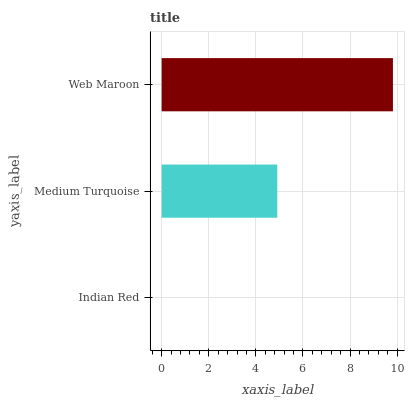
| yaxis_label | bars |
 | --- | --- |
 | Indian Red | 0 |
 | Medium Turquoise | 4.91 |
 | Web Maroon | 9.82 |